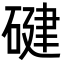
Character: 𮀴